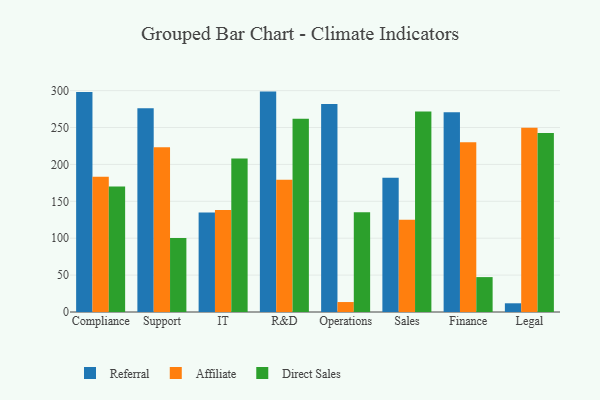
{"axis": {"x": "Department", "y": "Tickets Resolved"}, "legend": ["Affiliate", "Direct Sales", "Referral"], "data": [{"x": "Compliance", "y": 298.0, "type": "Referral"}, {"x": "Compliance", "y": 183.4, "type": "Affiliate"}, {"x": "Compliance", "y": 170.0, "type": "Direct Sales"}, {"x": "Support", "y": 276.1, "type": "Referral"}, {"x": "Support", "y": 223.2, "type": "Affiliate"}, {"x": "Support", "y": 100.2, "type": "Direct Sales"}, {"x": "IT", "y": 134.8, "type": "Referral"}, {"x": "IT", "y": 138.1, "type": "Affiliate"}, {"x": "IT", "y": 208.2, "type": "Direct Sales"}, {"x": "R&D", "y": 298.7, "type": "Referral"}, {"x": "R&D", "y": 179.4, "type": "Affiliate"}, {"x": "R&D", "y": 261.9, "type": "Direct Sales"}, {"x": "Operations", "y": 281.9, "type": "Referral"}, {"x": "Operations", "y": 13.5, "type": "Affiliate"}, {"x": "Operations", "y": 135.1, "type": "Direct Sales"}, {"x": "Sales", "y": 181.8, "type": "Referral"}, {"x": "Sales", "y": 125.0, "type": "Affiliate"}, {"x": "Sales", "y": 271.7, "type": "Direct Sales"}, {"x": "Finance", "y": 270.8, "type": "Referral"}, {"x": "Finance", "y": 230.1, "type": "Affiliate"}, {"x": "Finance", "y": 47.3, "type": "Direct Sales"}, {"x": "Legal", "y": 11.8, "type": "Referral"}, {"x": "Legal", "y": 249.6, "type": "Affiliate"}, {"x": "Legal", "y": 242.5, "type": "Direct Sales"}]}